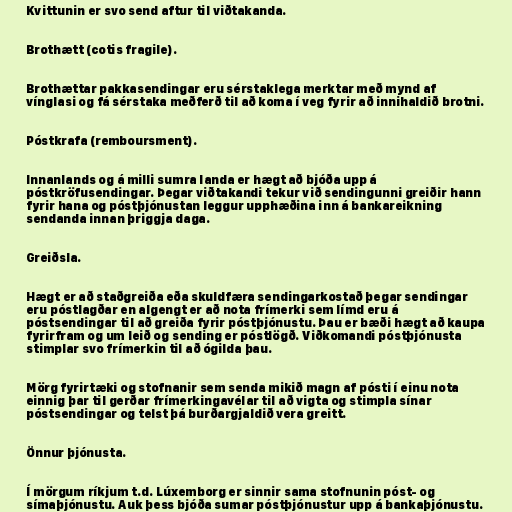
Kvittunin er svo send aftur til viðtakanda.

Brothætt (cotis fragile).

Brothættar pakkasendingar eru sérstaklega merktar með mynd af
vínglasi og fá sérstaka meðferð til að koma í veg fyrir að innihaldið brotni.

Póstkrafa (remboursment).

Innanlands og á milli sumra landa er hægt að bjóða upp á
póstkröfusendingar. Þegar viðtakandi tekur við sendingunni greiðir hann
fyrir hana og póstþjónustan leggur upphæðina inn á bankareikning
sendanda innan þriggja daga.

Greiðsla.

Hægt er að staðgreiða eða skuldfæra sendingarkostað þegar sendingar
eru póstlagðar en algengt er að nota frímerki sem límd eru á
póstsendingar til að greiða fyrir póstþjónustu. Þau er bæði hægt að kaupa
fyrirfram og um leið og sending er póstlögð. Viðkomandi póstþjónusta
stimplar svo frímerkin til að ógilda þau.

Mörg fyrirtæki og stofnanir sem senda mikið magn af pósti í einu nota
einnig þar til gerðar frímerkingavélar til að vigta og stimpla sínar
póstsendingar og telst þá burðargjaldið vera greitt.

Önnur þjónusta.

Í mörgum ríkjum t.d. Lúxemborg er sinnir sama stofnunin póst- og
símaþjónustu. Auk þess bjóða sumar póstþjónustur upp á bankaþjónustu.